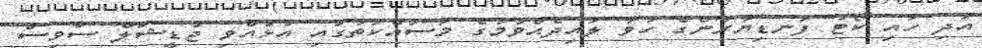
އަދި ހައި ކޯޓު ފަނޑިޔާރުންގެ ހުވާ ލައިދެއްވުމުގެ މަސައްކަތުގައި އުޅުއްވި ޖުޑީޝަލް ސާވިސް